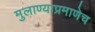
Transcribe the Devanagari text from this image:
मुलाण्याप्रमाणेच